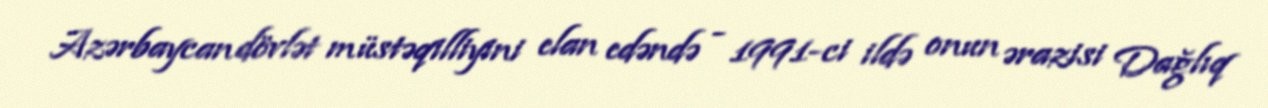
Azərbaycan dövlət müstəqilliyini elan edəndə - 1991-ci ildə onun ərazisi Dağlıq